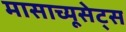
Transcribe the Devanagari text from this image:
मासाच्यूसेट्स